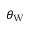
\theta _ { \mathrm { { W } } }